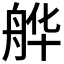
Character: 𱼺